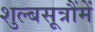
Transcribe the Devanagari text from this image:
शुल्बसूत्रौंमें